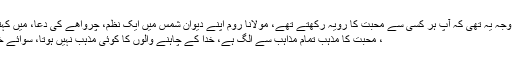
اس کی وجہ یہ تھی کہ آپ ہر کسی سے محبت کا رویہ رکھتے تھے، مولانا روم اپنے دیوان شمس میں ایک نظم، چرواھے کی دعا، میں کہتے ھیں
، محبت کا مذہب تمام مذاہب سے الگ ہے، خدا کے چاہنے والوں کا کوئی مذہب نہیں ہوتا، سوائے خدا کے۔